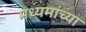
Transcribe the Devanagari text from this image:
मध्यमांच्या